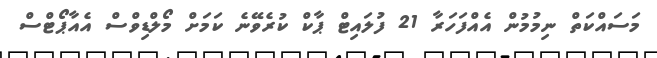
މަސައްކަތް ނިމުމުން އެއްފަހަރާ 21 ފުލައިޓް ޕާކް ކުރެވޭނެ ކަމަށް މޯލްޑިވްސް އެއާޕޯޓްސް